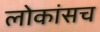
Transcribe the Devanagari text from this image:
लोकांसच